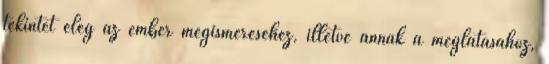
tekintet elég az ember megismeréséhez, illetve annak a meglátásához,